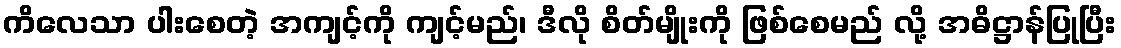
ကိလေသာ ပါးစေတဲ့ အကျင့်ကို ကျင့်မည်၊ ဒီလို စိတ်မျိုးကို ဖြစ်စေမည် လို့ အဓိဋ္ဌာန်ပြုပြီး